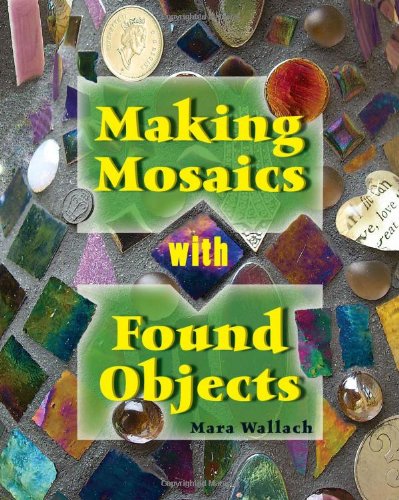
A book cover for Making Mosaics with Found Objects; Mara Wallach; Crafts, Hobbies & Home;